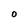
Character: O